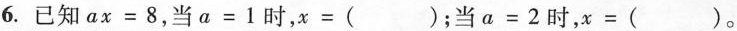
6. 已知$$ax=8$$，当$$a=1$$时，$$x=( )$$；当$$a=2$$时，$$x=( )$$。